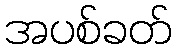
အပစ်ခတ်